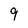
Character: 9